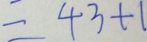
= 4 3 + 1